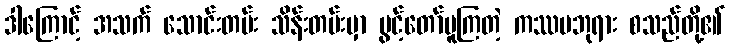
ဒါကြောင့် အသက် သောင်းတမ်း သိန်းတမ်းမှာ ပွင့်တော်မူကြတဲ့ ကဿပဘုရား စသည်တို့၏